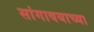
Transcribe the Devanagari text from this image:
सांगावयाच्या